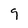
Character: 9